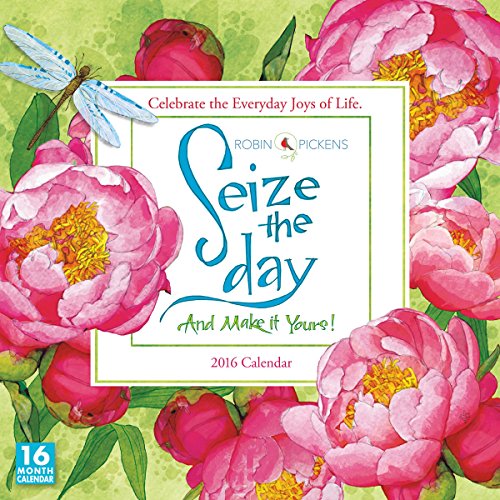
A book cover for Seize the Day 2016 Wall Calendar; Robin Pickens; Calendars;